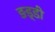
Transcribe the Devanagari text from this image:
ङड्डी